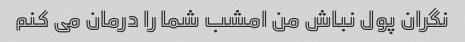
نگران پول نباش من امشب شما را درمان می کنم